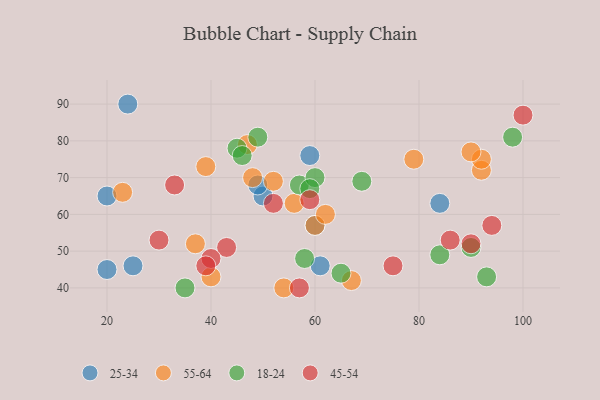
{"axis": {"x": "GDP", "y": "Life Expectancy"}, "legend": ["18-24", "25-34", "45-54", "55-64"], "data": [{"x": "50", "y": 65, "type": "25-34"}, {"x": "25", "y": 46, "type": "25-34"}, {"x": "24", "y": 90, "type": "25-34"}, {"x": "49", "y": 68, "type": "25-34"}, {"x": "20", "y": 65, "type": "25-34"}, {"x": "61", "y": 46, "type": "25-34"}, {"x": "20", "y": 45, "type": "25-34"}, {"x": "59", "y": 76, "type": "25-34"}, {"x": "60", "y": 57, "type": "25-34"}, {"x": "84", "y": 63, "type": "25-34"}, {"x": "48", "y": 70, "type": "55-64"}, {"x": "39", "y": 73, "type": "55-64"}, {"x": "60", "y": 57, "type": "55-64"}, {"x": "23", "y": 66, "type": "55-64"}, {"x": "40", "y": 43, "type": "55-64"}, {"x": "92", "y": 72, "type": "55-64"}, {"x": "52", "y": 69, "type": "55-64"}, {"x": "54", "y": 40, "type": "55-64"}, {"x": "62", "y": 60, "type": "55-64"}, {"x": "79", "y": 75, "type": "55-64"}, {"x": "67", "y": 42, "type": "55-64"}, {"x": "92", "y": 75, "type": "55-64"}, {"x": "56", "y": 63, "type": "55-64"}, {"x": "47", "y": 79, "type": "55-64"}, {"x": "90", "y": 77, "type": "55-64"}, {"x": "37", "y": 52, "type": "55-64"}, {"x": "45", "y": 78, "type": "18-24"}, {"x": "46", "y": 76, "type": "18-24"}, {"x": "58", "y": 48, "type": "18-24"}, {"x": "57", "y": 68, "type": "18-24"}, {"x": "49", "y": 81, "type": "18-24"}, {"x": "90", "y": 51, "type": "18-24"}, {"x": "60", "y": 70, "type": "18-24"}, {"x": "93", "y": 43, "type": "18-24"}, {"x": "84", "y": 49, "type": "18-24"}, {"x": "35", "y": 40, "type": "18-24"}, {"x": "59", "y": 67, "type": "18-24"}, {"x": "65", "y": 44, "type": "18-24"}, {"x": "98", "y": 81, "type": "18-24"}, {"x": "69", "y": 69, "type": "18-24"}, {"x": "43", "y": 51, "type": "45-54"}, {"x": "57", "y": 40, "type": "45-54"}, {"x": "33", "y": 68, "type": "45-54"}, {"x": "40", "y": 48, "type": "45-54"}, {"x": "100", "y": 87, "type": "45-54"}, {"x": "75", "y": 46, "type": "45-54"}, {"x": "39", "y": 46, "type": "45-54"}, {"x": "59", "y": 64, "type": "45-54"}, {"x": "90", "y": 52, "type": "45-54"}, {"x": "94", "y": 57, "type": "45-54"}, {"x": "52", "y": 63, "type": "45-54"}, {"x": "86", "y": 53, "type": "45-54"}, {"x": "30", "y": 53, "type": "45-54"}]}